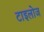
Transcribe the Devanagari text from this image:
टाइलोज